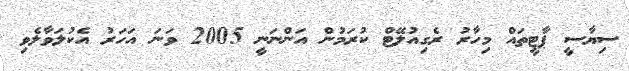
ސިޔާސީ ޕާޓީތައް މިހާރު ރެގިއުލޭޓް ކުރަމުން އަންނަނީ 2005 ވަނަ އަހަރު އެކުލަވާލެވި